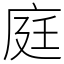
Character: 庭